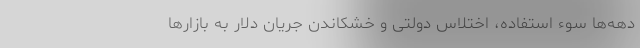
دهه‌ها سوء استفاده‌، اختلاس دولتی و خشکاندن جریان دلار به بازارها